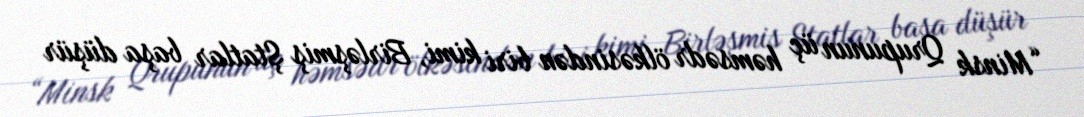
“Minsk Qrupunun üç həmsədr ölkəsindən biri kimi, Birləşmiş Ştatlar başa düşür